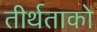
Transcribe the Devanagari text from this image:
तीर्थताको